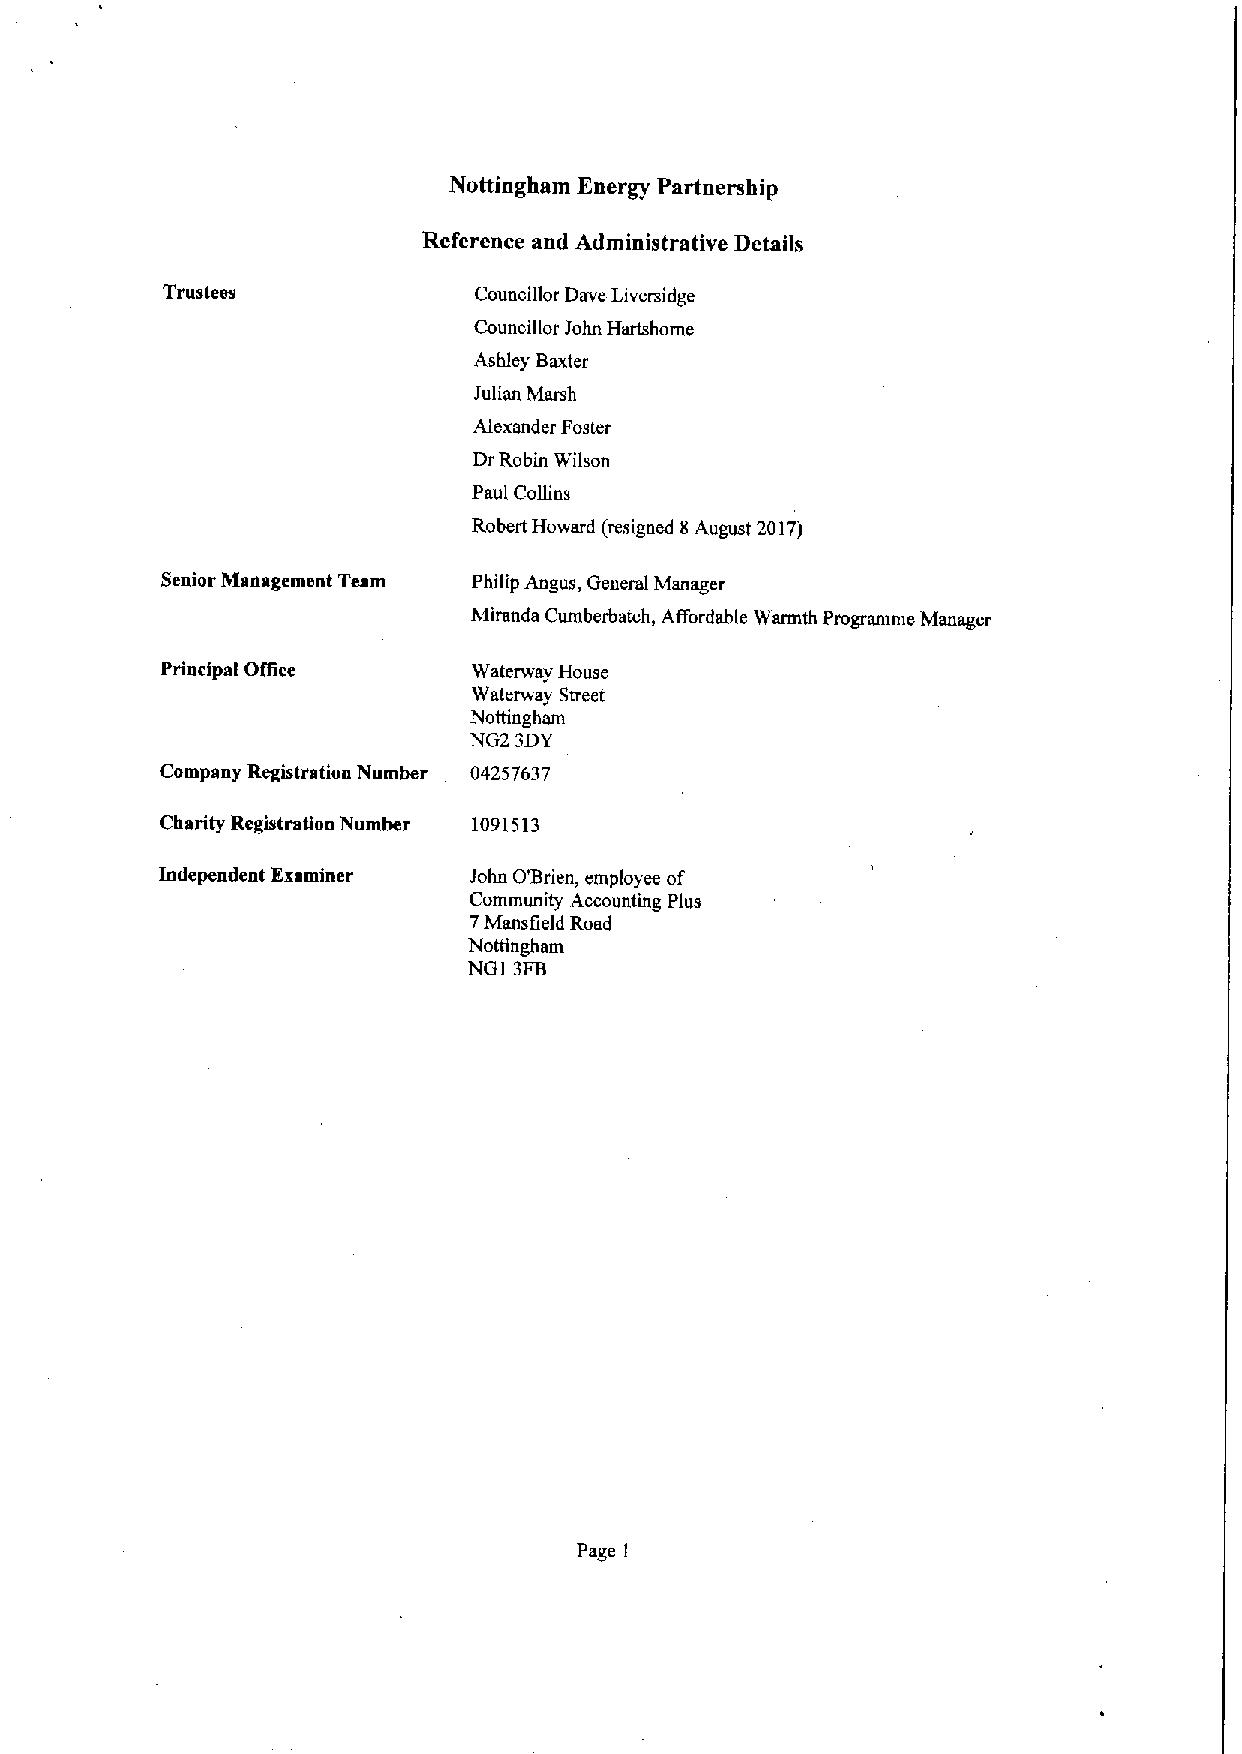
Notttngham Energy Partnership
 Reference and Administrative Details
 Trustees            Councillor Dave Liversidge
 Councillor John Hartshome
 Ashley Baxter
 Julian Marsh
 Alexander Foster
 DrRobin Wilson
 Paul Collins
 Robert Howard (resigned 8August 2017)
 Senior Management Team Philip Angus, General Manager
 Miranda Cumberbatch, ARordable Warmth Programme Manager
 Prinrtpsl Oflice    Waterway House
 Waterway Street
 Nottingham
 NG2 3DY
 Company Registration Number 04257637
 Charity Registration Number 1091513
 Independent Examiner John O'Brien, employee of
 Community Accounting Plus
 7Mansfield Road
 Nottingham
 NOI 3FB
 Page 1